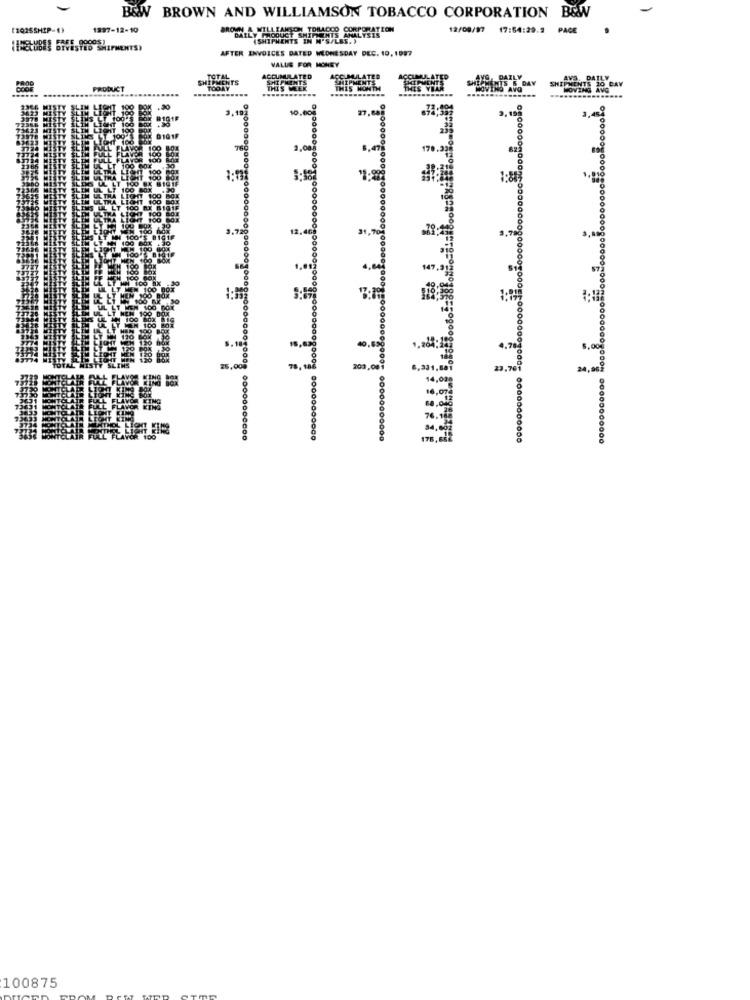
B&W BROWN AND WILLIAMSON TOBACCO CORPORATION
(2025SHIP-1)
1997-12-10
BROWN & WILLIAMSON TOBACCO CORPORATION
ANALYSIS
12/09/97
17:64:29.2
PAGE
DAILY PRODUCT SHIPMENTS
(SHIPMENTS IN N'S/LES. )
ED SHIPMENTS)
AFTER INVOICES DATED WEDNESDAY DEC. 10, 1987
VALUE FOR MONEY
SHIPMENTS
ACCUMULATED
IPMENTE
PRODUCT
........
TODAY
THIS WEEK
THIS
ONTH
of
3.19]
10.00%
27,805
1.00
170.
12,40
31 , 709
3588-88 5
47 .
-888
1:35
4.7
300,0
23,76
175,
100875